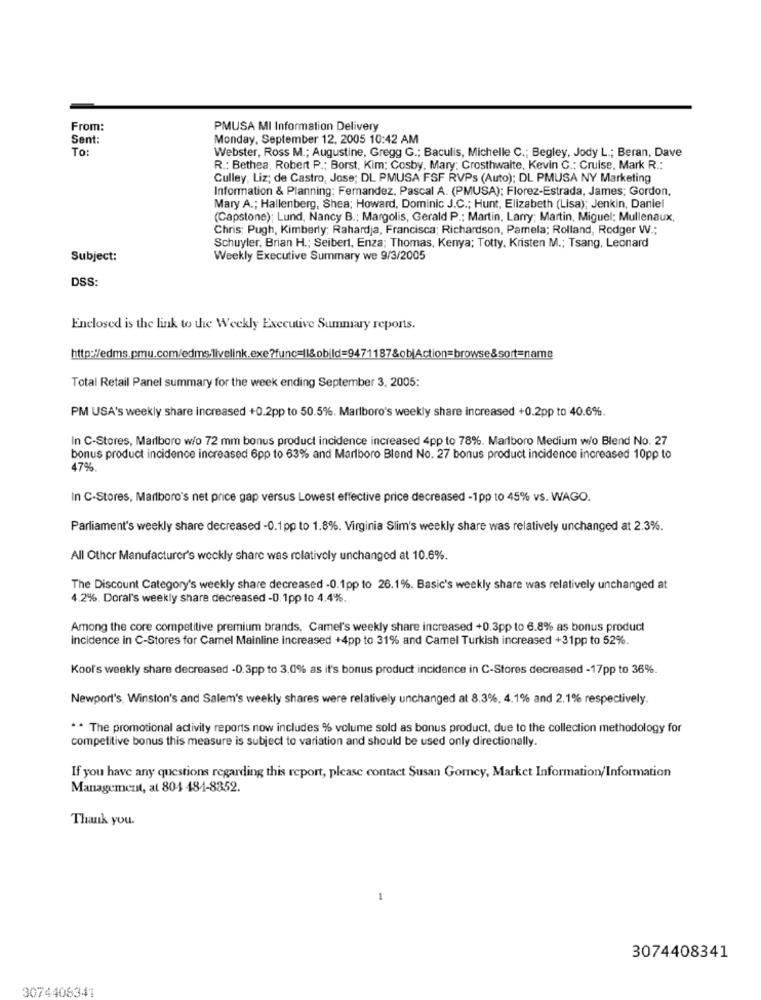
From:
PMUSA MI Information Delivery
Sent:
Monday, September 12, 2005 10:42 AM
To:
Webster, Ross M .; Augustine, Gregg G .; Baculis, Michelle C .; Begley, Jody L .; Beran, Dave
R .: Bethea, Robert P .; Borst, Kim; Cosby, Mary: Crosthwaite, Kevin G .; Cruise, Mark R .:
Culley, Liz; de Castro, Jose; DL PMUSA FSF RVPs (Auto); DL PMUSA NY Marketing
Information & Planning: Fernandez. Pascal A. (PMUSA); Florez-Estrada, James; Gordon,
Mary A .; Hallenberg, Shea; Howard, Dominic J.C .; Hunt, Elizabeth (Lisa); Jenkin, Daniel
(Capstone); Lund, Nancy B .; Margolis, Gerald P .: Martin, Larry; Martin, Miguel; Mullenaux,
Chris; Pugh, Kimberly; Rahardja, Francisca; Richardson, Pamela; Rolland, Rodger W .;
Schuyler, Brian H .; Seibert, Enza; Thomas, Kenya; Totty, Kristen M .; Tsang, Leonard
Subject:
Weekly Executive Summary we 9/3/2005
DSS:
Enclosed is the link to the Weekly Executive Summary reports.
Total Retail Panel summary for the week ending September 3, 2005:
PM USA's weekly share increased +0.2pp to 50.5%. Marlboro's weekly share increased +0.2pp to 40.6%.
In C-Stores, Marlboro w/o 72 mm bonus product incidence increased 4pp to 78%. Marlboro Medium w/o Blend No. 27
bonus product incidence increased 6pp to 63% and Marlboro Blend No. 27 bonus product incidence increased 10pp to
47%.
In C-Stores, Marlboro's net price gap versus Lowest effective price decreased -1pp to 45% vs. WAGO.
Parliament's weekly share decreased -0.1pp to 1.8%. Virginia Slim's weekly share was relatively unchanged at 2.3%.
All Other Manufacturer's weekly share was relatively unchanged at 10.6%.
The Discount Category's weekly share decreased -0.1pp to 26.1%. Basic's weekly share was relatively unchanged at
4.2%. Doral's weekly share decreased -0. 1pp lo 4.4%.
Among the core competitive premium brands, Camel's weekly share increased +0.3pp to 6.8% as bonus product
incidence in C-Stores for Camel Mainline increased +4pp to 31% and Camel Turkish increased +31pp to 52%.
Kool's weekly share decreased -0.3pp to 3.0% as it's bonus product incidence in C-Stores decreased -17pp to 36%.
Newport's, Winston's and Salem's weekly shares were relatively unchanged at 8.3%. 4.1% and 2.1% respectively.
. . The promotional activity reports now includes % volume sold as bonus product, due to the collection methodology for
competitive bonus this measure is subject to variation and should be used only directionally.
If you have any questions regarding this report, please contact Susan Gorey, Market Information/Information
Management, at 804 484-8352.
Thank you.
3074408341
3074408341